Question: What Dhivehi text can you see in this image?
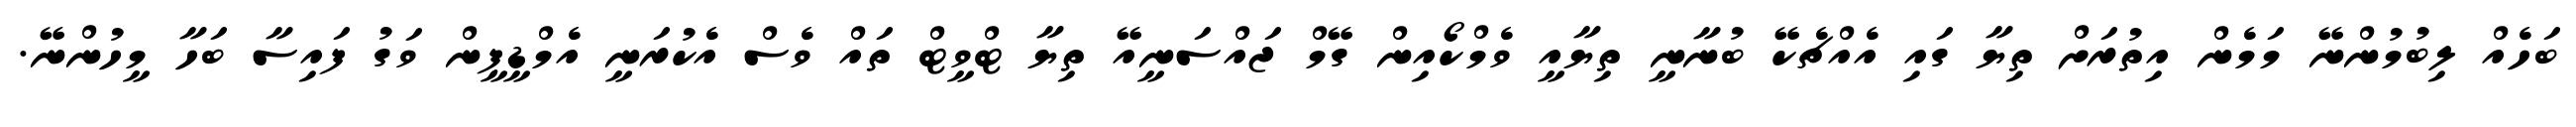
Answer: ބަހެއް ލިބުމުންނޭ މަމެން އިތުރަށް ތިޔާ ގައި އެއްޗެކޭ ބުނާނީ ތިޔާއީ ވެމްކޯއިން ގޭމް ޖައްސަނީއޭ ތިޔާ ޓްވީޓް ތައް ވެސް އެކުރަނީ އެމްޑީޕީން ވަގު ފައިސާ ބަހާ މީހުންނޭ.